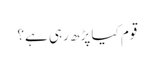
قوم کیا پڑھ رہی ہے؟